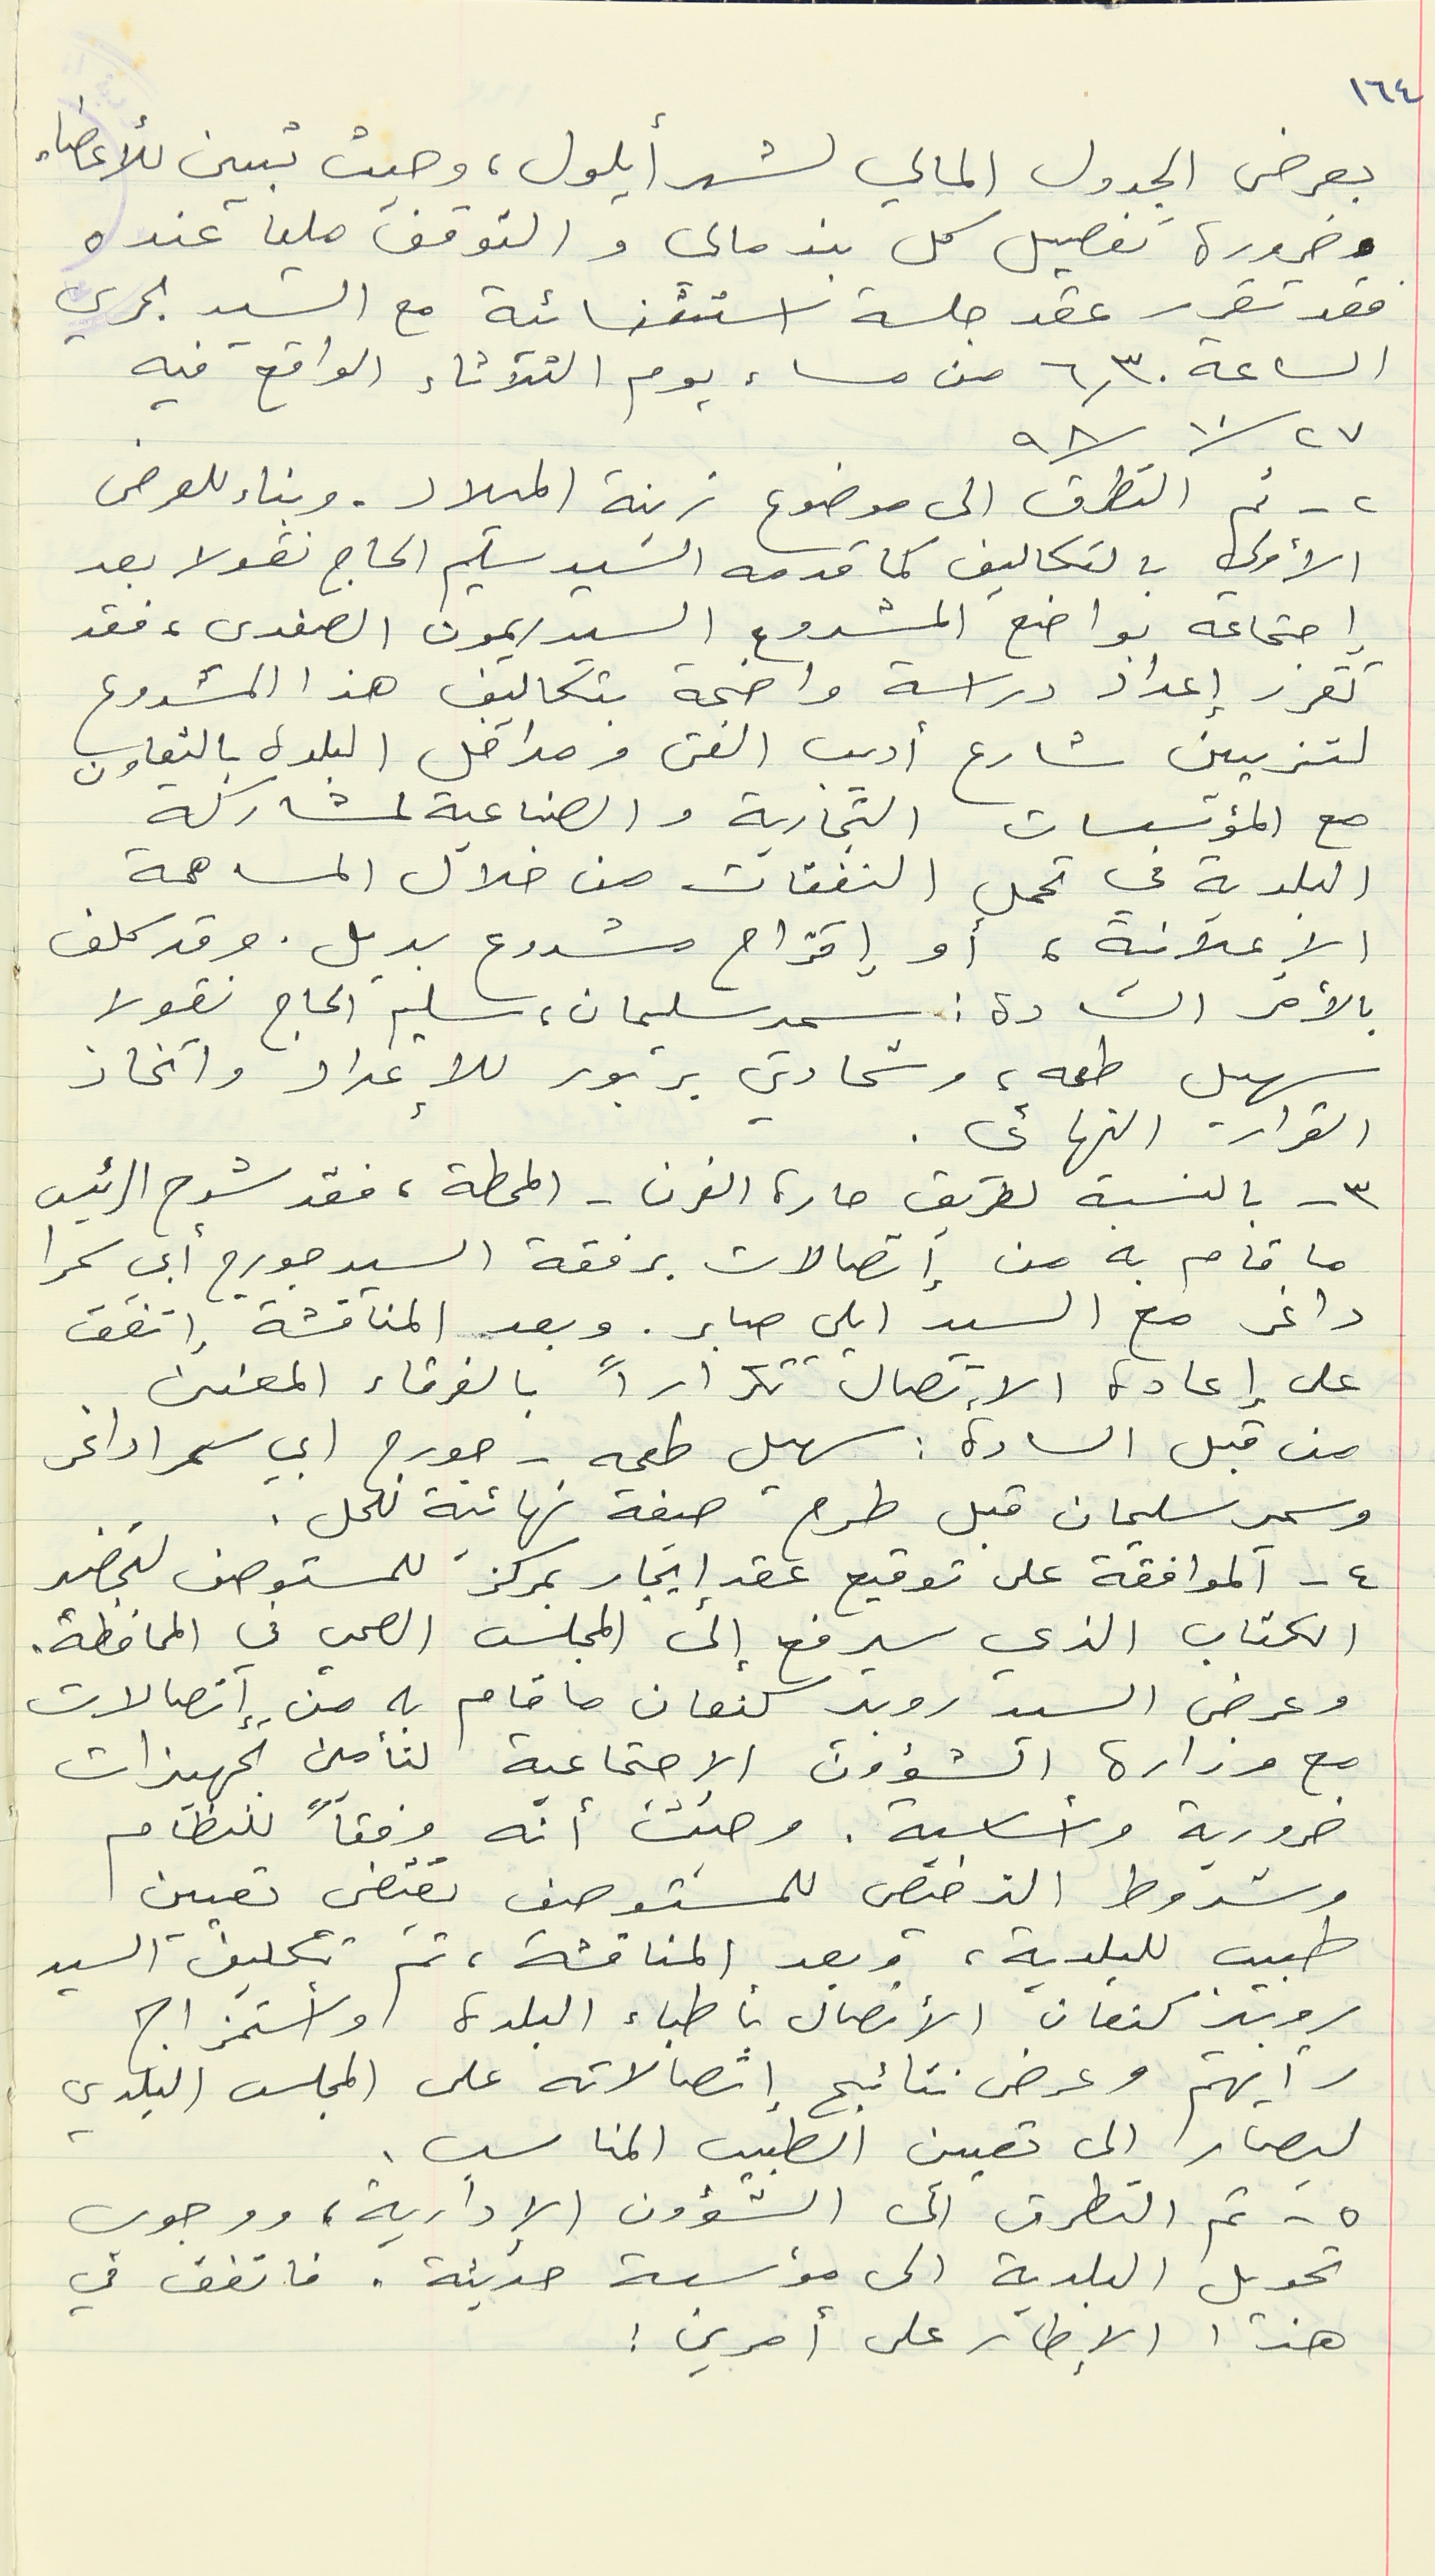
١٦٤
بعرض الجدول المالي لشهر أيلول، وحيث تبين للأعضاء
وضرورة تفصيل كل بند مالي والتوقف مليا عنده
فقد تقرر عقد جلسة استثنائية مع السيد بحري
الساعة ٦,٣٠ من مساء يوم الثلاثاء الواقع فيه

٩٨/١٠/٢٧
٢ - تم التطرق الى موضوع زينة الميلاد. وبناء للعرض
الأولي بالتكاليف كما قدمه السيد سليم الحاج نقولا بعد
إجتماعه بواضع المشروع السيد ريمون الصفدي، فقد
تقرر إعداد دراسة واضحة بتكاليف هذا المشروع
لتزيين شارع أديب الفتى ومداخل البلدة بالتعاون
مع المؤسسات التجارية والصناعية لمشاركة
البلدية في تحمل النفقات من خلال المساهمة
الإعلانية، أو إقتراح مشروع بديل. وقد كلف
بالأمر السادة : سمير سليمان، سليم الحاج نقولا
القرار النهائي.
٣ - بالنسبة لطريق حارة الفرن - المحطة، فقد شرح الرئيس
ما قام به من إتصالات برفقة السيد جورج أبي سمرا
داغر مع السيد ايلي صابر. وبعد المناقشة إتفق
على إعادة الإتصال تكراراً بالفرقاء المعنىىن.
 من قبل السادة : سهيل طعمه - جورج ابي سمرا داغر
وسمير سليمان قبل طرح صيغة نهائية للحل.
٤ - الموافقة على توقيع عقد إيجار بمركزَ للمستوصف لتحضير
الكتاب الذي سيرفع إلى المجلس الصحي في المحافظة.
وعرض السيد روبير كنعان ما قام به من إتصالات
مع وزارة الشؤون الإجتماعية لتأمين تجهيزات
ضرورية وأساسية. وحيث أنّه وفقاً للنظام
وشروط الترخيص للمستوصف يقتضي تعيين
طبيب للبلدية، وبعد المناقشة، تمّ تكليف السيد
روبير كنعان الأتصال بأطباء البلدة وأستمزاج
 رأيهم وعرض نتائج إتصالاته على المجلس البلدي
ليصار الى تعيين الطبيب المناسب.
٥ - تم التطرق الى الشؤون الإدارية، ووجوب
تحويل البلدية الى مؤسسة حديثة. فاتفق في
هذا الإطار على أمرين :
سهيل طعمه، وشحادي بربور للإعداد واتخاذ